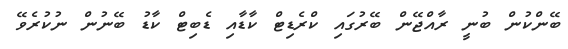
ބޭންކުން ބުނީ ރާއްޖޭން ބޭރުގައި ކްރެޑިޓް ކާޑާއި ޑެބިޓް ކާޑު ބޭނުން ނުކުރެވޭ